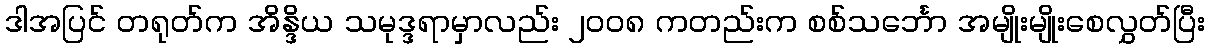
ဒါအပြင် တရုတ်က အိန္ဒိယ သမုဒ္ဒရာမှာလည်း ၂၀၀၈ ကတည်းက စစ်သင်္ဘော အမျိုးမျိုးစေလွှတ်ပြီး